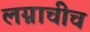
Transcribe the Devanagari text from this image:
लग्नाचीच